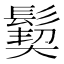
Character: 𩮁